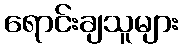
ရောင်းချသူများ